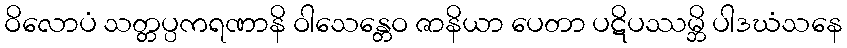
ဝိလောပံ သတ္တပ္ပကရဏာနိ ဝါသေန္တေဝ ဇာနိယာ ပေတာ ပဋိပဿမ္ဘိ ပါဒဃံသနေ